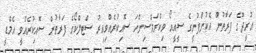
އުރީދޫގެ ފަރާތުން އެކުންފުނީގެ ސީއީއޯ ވިކްރަމްސިންހަ ސޮއިކުރެއްވިއިރު ސްޓލްކޯގެ ފަރާތުން ސޮއިކުރެއްވީ އެމްޑީ